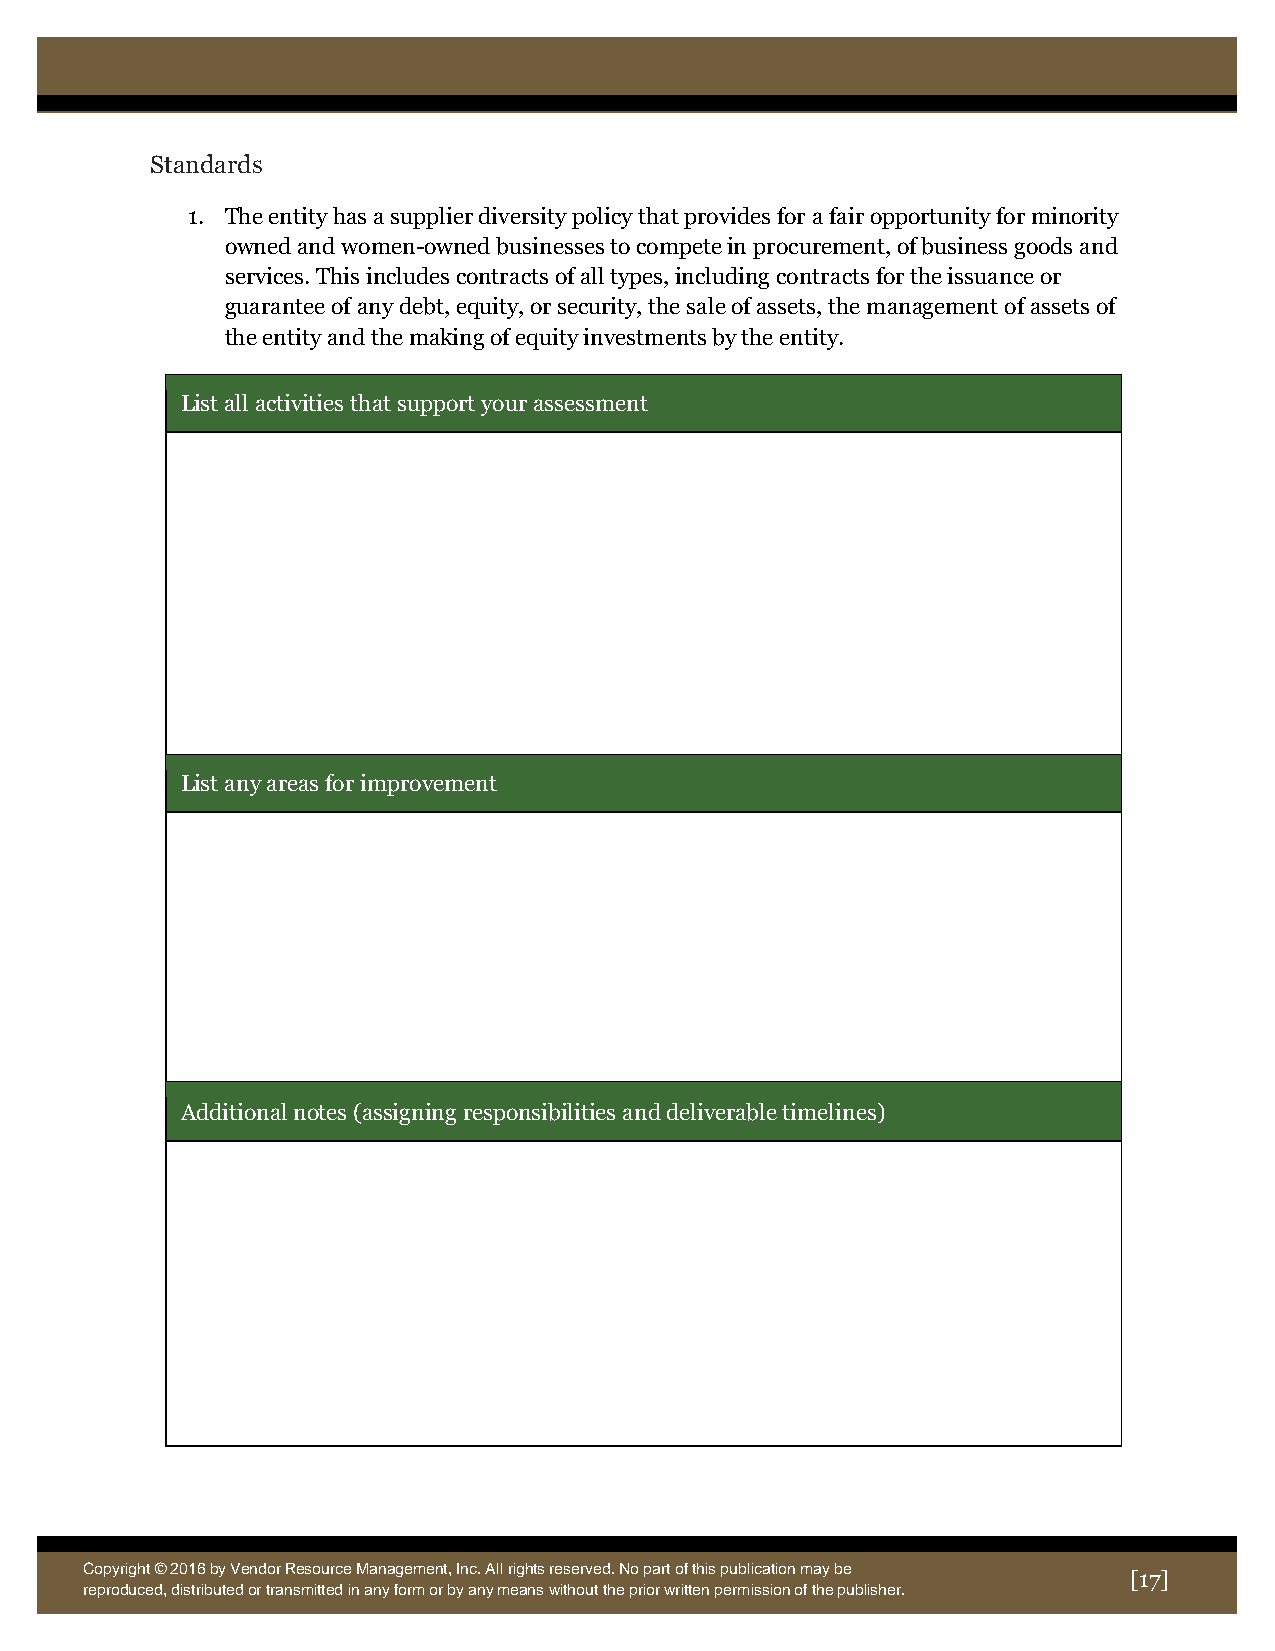
Standards
 1. The entity has a supplier diversity policy that provides for a fair opportunity for minority
 owned and women-owned businesses to compete in procurement, of business goods and
 services. This includes contracts of all types, including contracts for the issuance or
 guarantee of any debt, equity, or security, the sale of assets, the management of assets of
 the entity and the making of equity investments by the entity.
 List all activities that support your assessment
 List any areas for improvement
 Additional notes (assigning responsibilities and deliverable timelines)
 Copyright © 2016 by Vendor Resource Management, Inc. All rights reserved. No part of this publication may be
 [17]
 reproduce d, distributed or transmitted in any form or by any means without the prior written permission of the publisher.